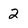
Character: 2